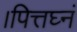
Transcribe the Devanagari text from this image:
।पित्तघ्नं